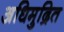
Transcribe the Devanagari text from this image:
अधिमुद्रित